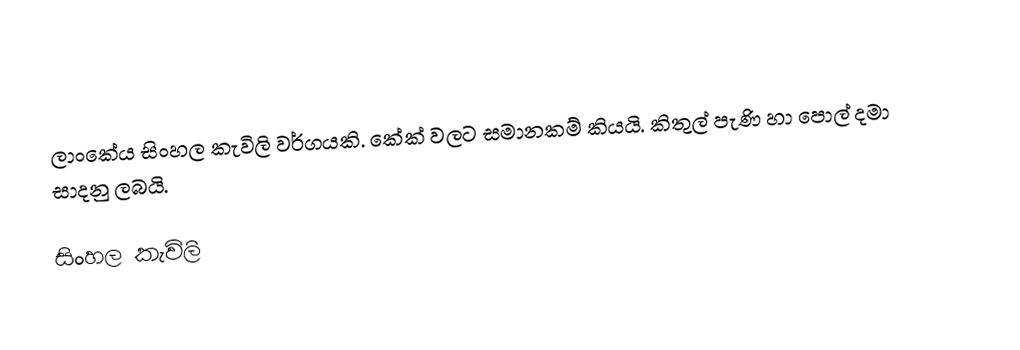
ලාංකේය සිංහල ‍කැවිලි වර්ගයකි. කේක් වලට සමානකම් කියයි. කිතුල් පැණි හා පොල් දමා සාදනු ලබයි.

සිංහල ‍කැවිලි